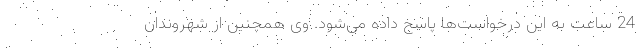
24 ساعت به این درخواست‌ها پاسخ داده می‌شود. وی همچنین از شهروندان